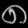
Digit: ၈